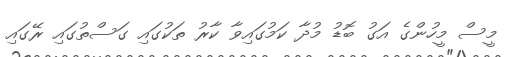
މީސް މީހުންގެ އަގު ބޮޑު މުދާ ކަމުގައިވާ ކާރު ތަކުގައި ގަސްތުގައި ރޭގައި